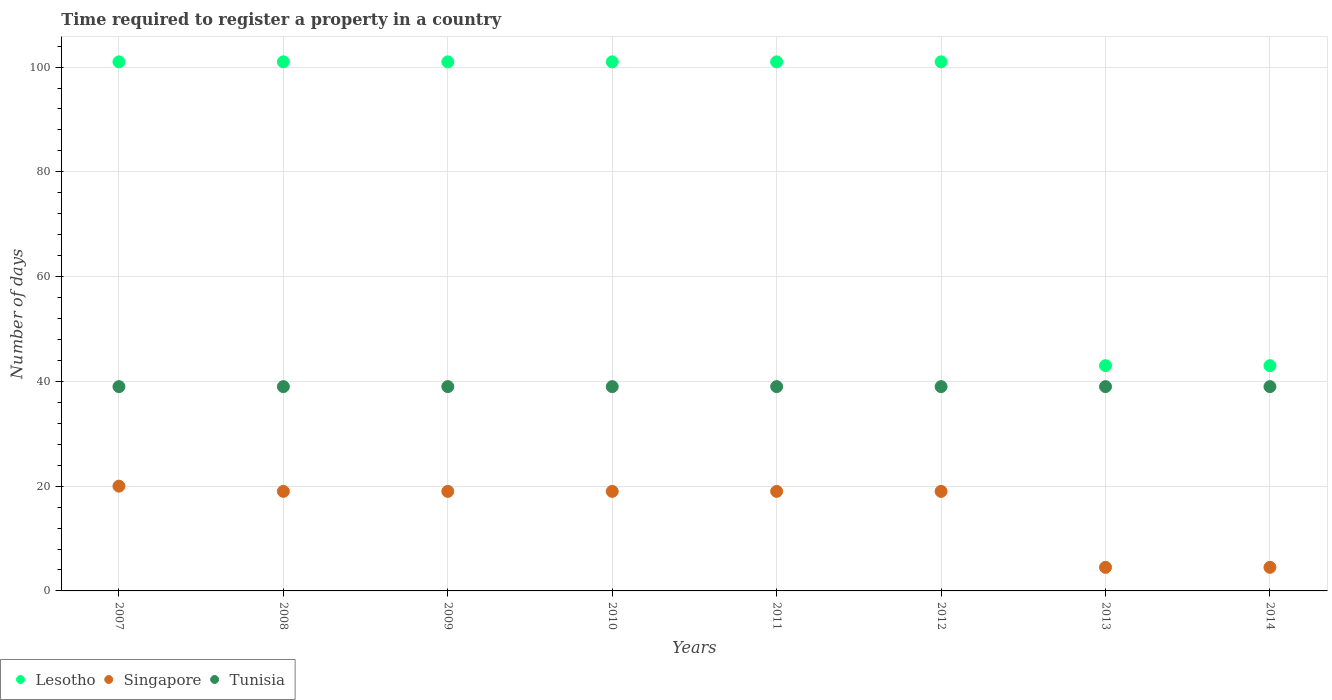
| Years | Lesotho | Singapore | Tunisia |
 | --- | --- | --- | --- |
 | 2007 | 101 | 20 | 39 |
 | 2008 | 101 | 19 | 39 |
 | 2009 | 101 | 19 | 39 |
 | 2010 | 101 | 19 | 39 |
 | 2011 | 101 | 19 | 39 |
 | 2012 | 101 | 19 | 39 |
 | 2013 | 43 | 4.5 | 39 |
 | 2014 | 43 | 4.5 | 39 |